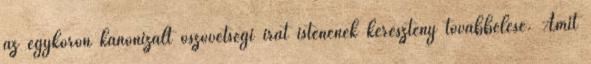
az egykoron kanonizált ószövetségi irat istenének keresztény továbbélése. Amit